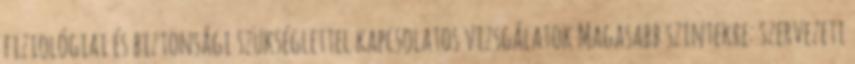
fiziológiai és biztonsági szükséglettel kapcsolatos vizsgálatok Magasabb szintekre: szervezeti